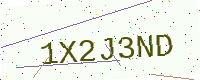
Text: 1X2J3ND